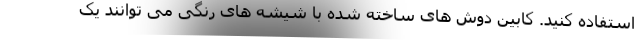
استفاده کنید. کابین دوش های ساخته شده با شیشه های رنگی می توانند یک